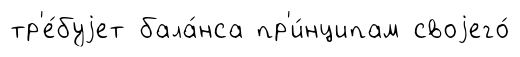
тр'е́буjет бала́нса пр'и́нципам своjего́